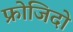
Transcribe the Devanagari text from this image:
फ्रोजिदो